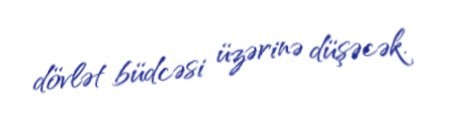
dövlət büdcəsi üzərinə düşəcək.